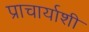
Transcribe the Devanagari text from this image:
प्राचार्याशी